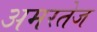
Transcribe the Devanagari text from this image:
अमरतेज